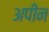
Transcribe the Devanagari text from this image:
अपीन